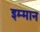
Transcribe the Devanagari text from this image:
इम्मान